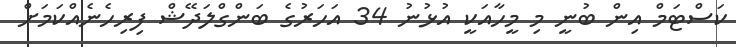
ކަސްޓަމް އިން ބުނީ މި މީހާއަކީ އުޅުނު 34 އަހަރުގެ ބަންގްލަދޭޝް ފިރިހެނެއްކަމަށް